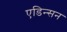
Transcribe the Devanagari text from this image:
एडिन्सन